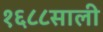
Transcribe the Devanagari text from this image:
१६८८साली